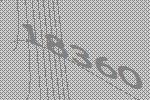
18360